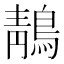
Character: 鶄